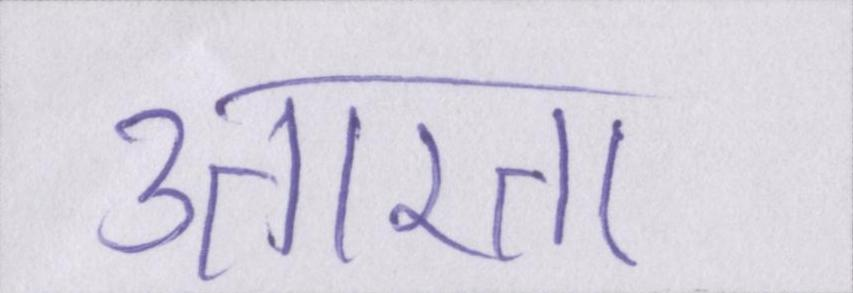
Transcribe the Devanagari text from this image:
उतारता